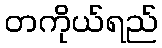
တကိုယ်ရည်